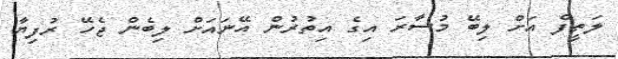
ލަތީފް އަށް ލިބޭ މުސާރަ އިގެ އިތުރުން އޭނައަށް ލިބެން ޖެހޭ ރުފިޔާ